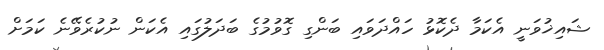
ޝައިޚުވަނީ އެކަމާ ދެކޮޅު ހައްދަވައި ބަންގި ގޮވުމުގެ ބަދަލުގައި އެކަން ނުކުރެވޭނެ ކަމަށް